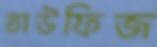
তাউফিজ